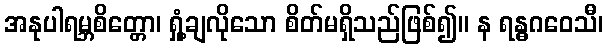
အနုပါရမ္ဘစိတ္တော၊ ရှုံ့ချလိုသော စိတ်မရှိသည်ဖြစ်၍။ န ရန္ဓဂဝေသီ၊